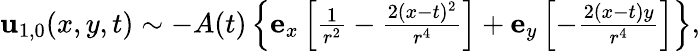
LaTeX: \begin{array}{r}{\mathbf{u}_{1,0}(x,y,t)\sim-A(t)\left\{ \mathbf{e}_{x}\left[\frac{1}{r^{2}}-\frac{2(x-t)^{2}}{r^{4}}\right]+\mathbf{e}_{y}\left[-\frac{2(x-t)y}{r^{4}}\right]\right\} ,}\end{array}